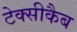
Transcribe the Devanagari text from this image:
टेक्सीकैब